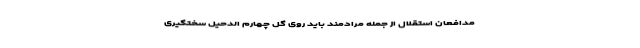
مدافعان استقلال از جمله مرادمند باید روی گل چهارم الدحیل سختگیری